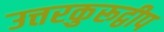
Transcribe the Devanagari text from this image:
उत्तरकुरूद्वीप